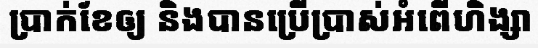
ប្រាក់ខែឲ្យ និងបានប្រើប្រាស់អំពើហិង្សា